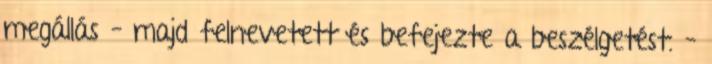
megállás – majd felnevetett és befejezte a beszélgetést. –